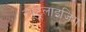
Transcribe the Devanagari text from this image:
न्यूट्रलाइजिंग